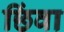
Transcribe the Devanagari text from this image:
छिंवा